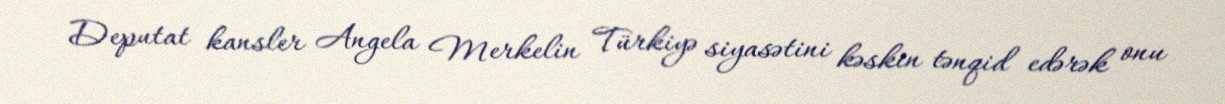
Deputat kansler Angela Merkelin Türkiyə siyasətini kəskin tənqid edərək onu